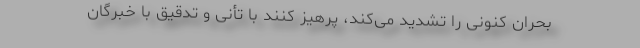
بحران كنونی را تشدید می‌کند، پرهیز کنند با تأنی و تدقیق با خبرگان